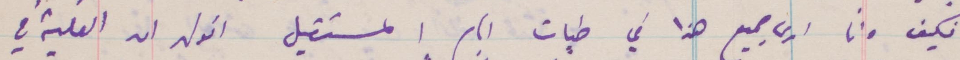
فكيف وانا أرى جميع هذا في طيات أيام المستقبل أقول ان الغلبة في